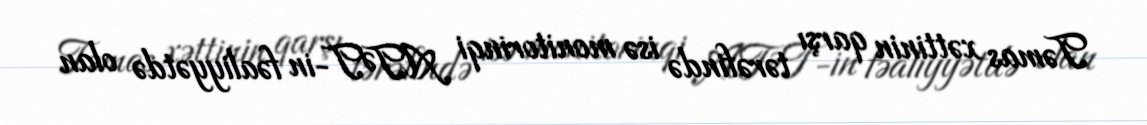
Təmas xəttinin qarşı tərəfində isə monitorinqi ATƏT-in fəaliyyətdə olan